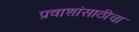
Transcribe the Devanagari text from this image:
प्रवाशांसाठीचा